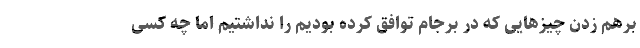
برهم زدن چیزهایی که در برجام توافق کرده بودیم را نداشتیم اما چه کسی